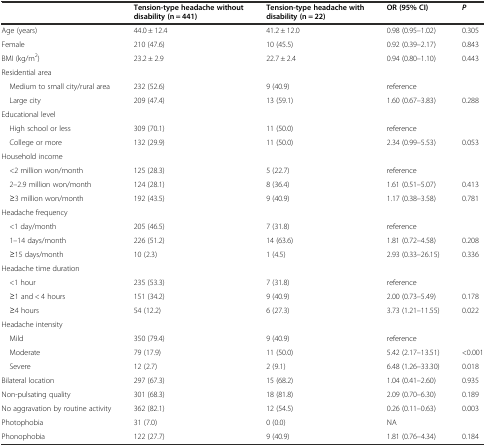
<table><thead><tr><td></td><td><b>Tension-type headache without disability (n = 441)</b></td><td><b>Tension-type headache with disability (n = 22)</b></td><td><b>OR (95% CI)</b></td><td><b><i>P</i></b></td></tr></thead><tbody><tr><td>Age (years)</td><td>44.0 ± 12.4</td><td>41.2 ± 12.0</td><td>0.98 (0.95–1.02)</td><td>0.305</td></tr><tr><td>Female</td><td>210 (47.6)</td><td>10 (45.5)</td><td>0.92 (0.39–2.17)</td><td>0.843</td></tr><tr><td>BMI (kg/m<sup>2</sup>)</td><td>23.2 ± 2.9</td><td>22.7 ± 2.4</td><td>0.94 (0.80–1.10)</td><td>0.443</td></tr><tr><td>Residential area</td><td></td><td></td><td></td><td></td></tr><tr><td> Medium to small city/rural area</td><td>232 (52.6)</td><td>9 (40.9)</td><td>reference</td><td></td></tr><tr><td> Large city</td><td>209 (47.4)</td><td>13 (59.1)</td><td>1.60 (0.67–3.83)</td><td>0.288</td></tr><tr><td>Educational level</td><td></td><td></td><td></td><td></td></tr><tr><td> High school or less</td><td>309 (70.1)</td><td>11 (50.0)</td><td>reference</td><td></td></tr><tr><td> College or more</td><td>132 (29.9)</td><td>11 (50.0)</td><td>2.34 (0.99–5.53)</td><td>0.053</td></tr><tr><td>Household income</td><td></td><td></td><td></td><td></td></tr><tr><td> &lt;2 million won/month</td><td>125 (28.3)</td><td>5 (22.7)</td><td>reference</td><td></td></tr><tr><td> 2–2.9 million won/month</td><td>124 (28.1)</td><td>8 (36.4)</td><td>1.61 (0.51–5.07)</td><td>0.413</td></tr><tr><td> ≥3 million won/month</td><td>192 (43.5)</td><td>9 (40.9)</td><td>1.17 (0.38–3.58)</td><td>0.781</td></tr><tr><td>Headache frequency</td><td></td><td></td><td></td><td></td></tr><tr><td> &lt;1 day/month</td><td>205 (46.5)</td><td>7 (31.8)</td><td>reference</td><td></td></tr><tr><td> 1–14 days/month</td><td>226 (51.2)</td><td>14 (63.6)</td><td>1.81 (0.72–4.58)</td><td>0.208</td></tr><tr><td> ≥15 days/month</td><td>10 (2.3)</td><td>1 (4.5)</td><td>2.93 (0.33–26.15)</td><td>0.336</td></tr><tr><td>Headache time duration</td><td></td><td></td><td></td><td></td></tr><tr><td> &lt;1 hour</td><td>235 (53.3)</td><td>7 (31.8)</td><td>reference</td><td></td></tr><tr><td> ≥1 and &lt; 4 hours</td><td>151 (34.2)</td><td>9 (40.9)</td><td>2.00 (0.73–5.49)</td><td>0.178</td></tr><tr><td> ≥4 hours</td><td>54 (12.2)</td><td>6 (27.3)</td><td>3.73 (1.21–11.55)</td><td>0.022</td></tr><tr><td>Headache intensity</td><td></td><td></td><td></td><td></td></tr><tr><td> Mild</td><td>350 (79.4)</td><td>9 (40.9)</td><td>reference</td><td></td></tr><tr><td> Moderate</td><td>79 (17.9)</td><td>11 (50.0)</td><td>5.42 (2.17–13.51)</td><td>&lt;0.001</td></tr><tr><td> Severe</td><td>12 (2.7)</td><td>2 (9.1)</td><td>6.48 (1.26–33.30)</td><td>0.018</td></tr><tr><td>Bilateral location</td><td>297 (67.3)</td><td>15 (68.2)</td><td>1.04 (0.41–2.60)</td><td>0.935</td></tr><tr><td>Non-pulsating quality</td><td>301 (68.3)</td><td>18 (81.8)</td><td>2.09 (0.70–6.30)</td><td>0.189</td></tr><tr><td>No aggravation by routine activity</td><td>362 (82.1)</td><td>12 (54.5)</td><td>0.26 (0.11–0.63)</td><td>0.003</td></tr><tr><td>Photophobia</td><td>31 (7.0)</td><td>0 (0.0)</td><td>NA</td><td></td></tr><tr><td>Phonophobia</td><td>122 (27.7)</td><td>9 (40.9)</td><td>1.81 (0.76–4.34)</td><td>0.184</td></tr></tbody></table>